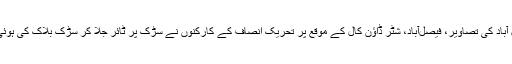
فیصل آباد کی تصاویر، فیصل‌آباد، شٹر ڈاؤن کال کے موقع پر تحریک انصاف کے کارکنوں نے سڑک پر ٹائر جلا کر سڑک بلاک کی ہوئی ہے۔